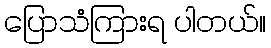
ပြောသံကြားရ ပါတယ်။